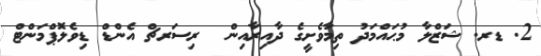
2. ޑރ. ޝަޒްލާ މުޙައްމަދު ތިމާވެށީގެ ދާއިރާއިން  ރިސަރޗް އެންޑް ޑިވެލޮޕްމަންޓް